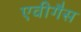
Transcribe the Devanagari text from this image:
एवीगैस